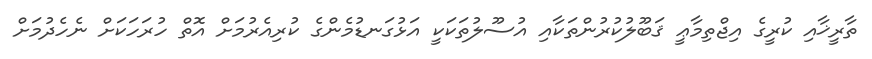
ތާރީޚާއި ކުރީގެ އިޖްތިމާޢީ ޤަބޫލުކުރުންތަކާއި އުސޫލުތަކަކީ އަޅުގަނޑުމެންގެ ކުރިއެރުމަށް އޮތް ހުރަހަކަށް ނެހެދުމަށް